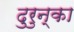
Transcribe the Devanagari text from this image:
दुरुन्का